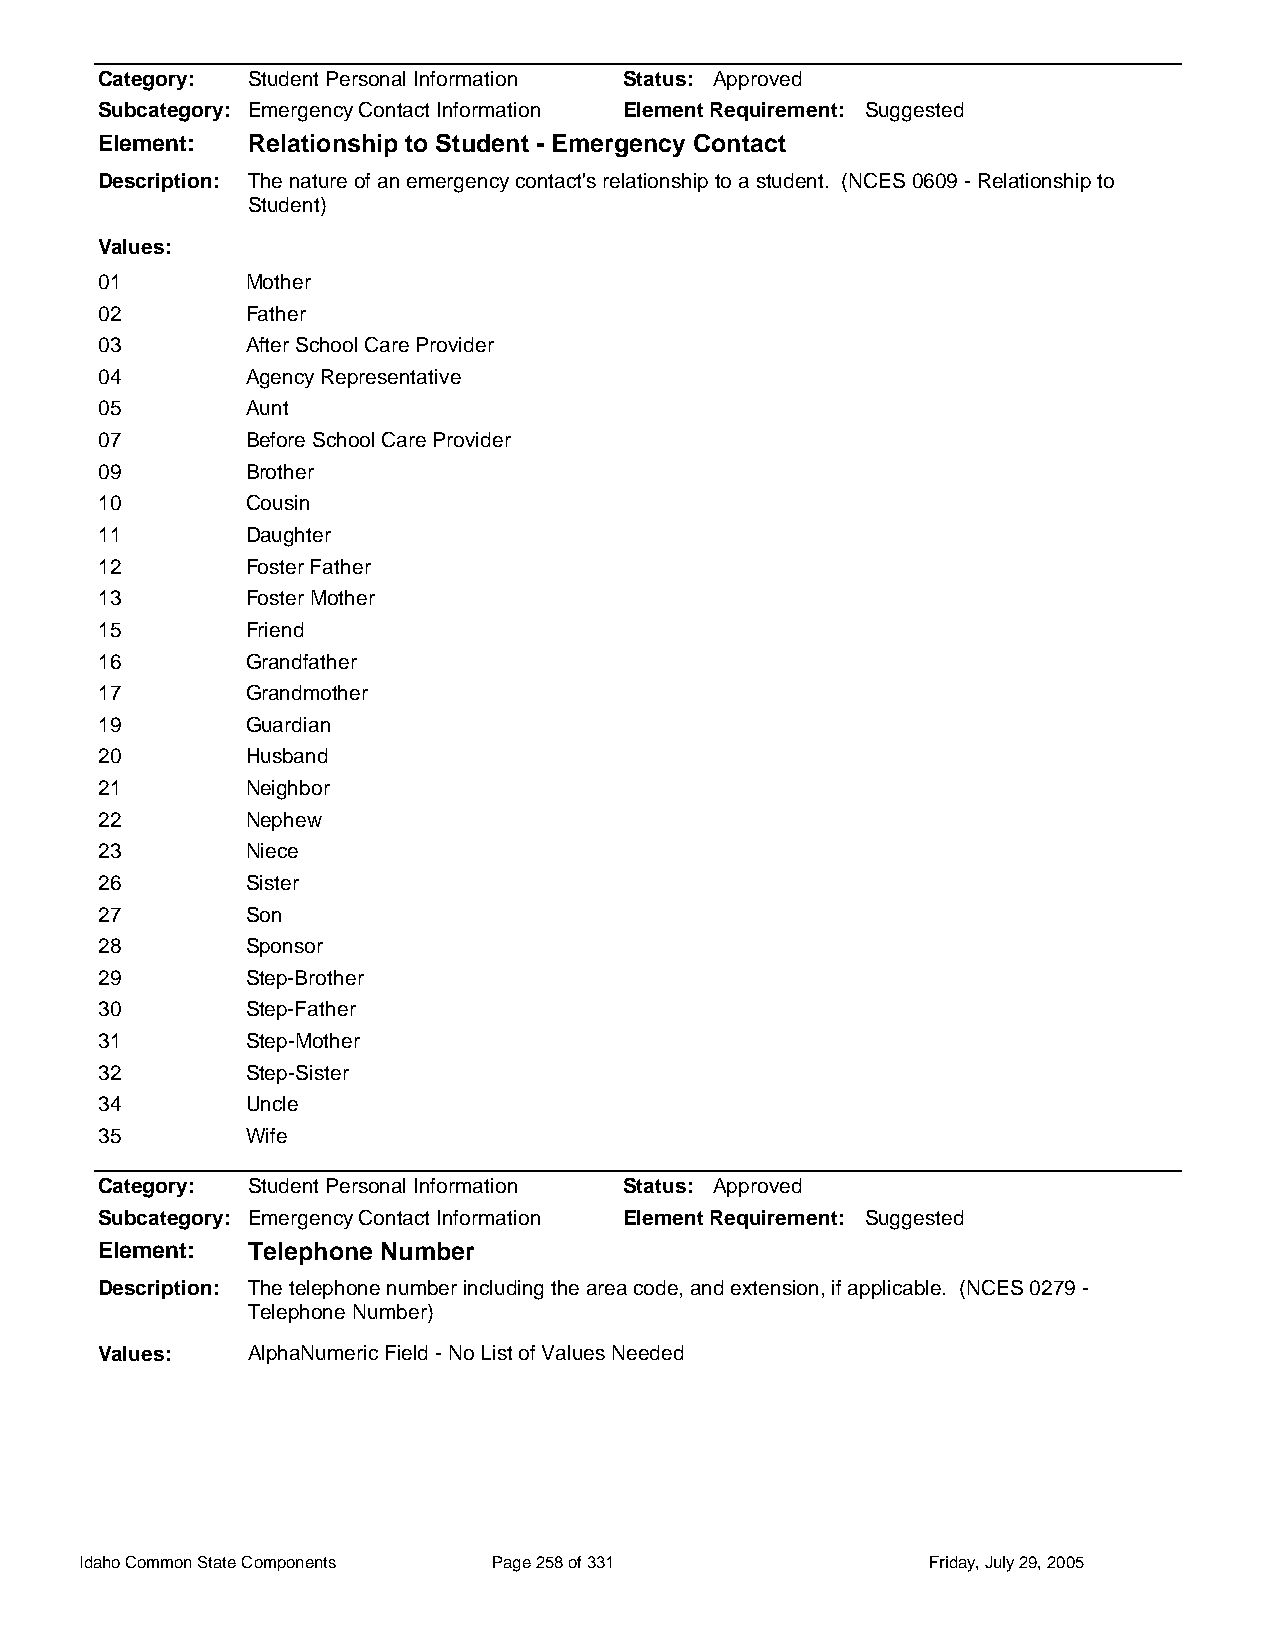
Category: Student Personal Information Status: Approved
 Subcategory: Emergency Contact Information Element Requirement: Suggested
 Element:  Relationship to Student - Emergency Contact
 Description: The nature of an emergency contact's relationship to a student. (NCES 0609 - Relationship to
 Student)
 Values:
 01        Mother
 02        Father
 03        After School Care Provider
 04        Agency Representative
 05        Aunt
 07        Before School Care Provider
 09        Brother
 10        Cousin
 11        Daughter
 12        Foster Father
 13        Foster Mother
 15        Friend
 16        Grandfather
 17        Grandmother
 19        Guardian
 20        Husband
 21        Neighbor
 22        Nephew
 23        Niece
 26        Sister
 27        Son
 28        Sponsor
 29        Step-Brother
 30        Step-Father
 31        Step-Mother
 32        Step-Sister
 34        Uncle
 35        Wife
 Category: Student Personal Information Status: Approved
 Subcategory: Emergency Contact Information Element Requirement: Suggested
 Element:  Telephone Number
 Description: The telephone number including the area code, and extension, if applicable. (NCES 0279 -
 Telephone Number)
 Values:   AlphaNumeric Field - No List of Values Needed
 Idaho Common State Components Page 258 of 331           Friday, July 29, 2005